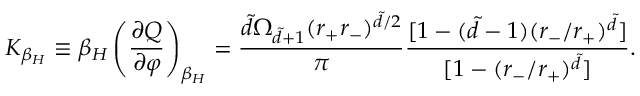
K _ { \beta _ { H } } \equiv \beta _ { H } \left( \frac { \partial Q } { \partial \varphi } \right) _ { \beta _ { H } } = \frac { \tilde { d } \Omega _ { \tilde { d } + 1 } ( r _ { + } r _ { - } ) ^ { \tilde { d } / 2 } } { \pi } \frac { [ 1 - ( \tilde { d } - 1 ) ( r _ { - } / r _ { + } ) ^ { \tilde { d } } ] } { [ 1 - ( r _ { - } / r _ { + } ) ^ { \tilde { d } } ] } .